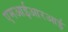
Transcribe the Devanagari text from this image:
एमआईआरआई